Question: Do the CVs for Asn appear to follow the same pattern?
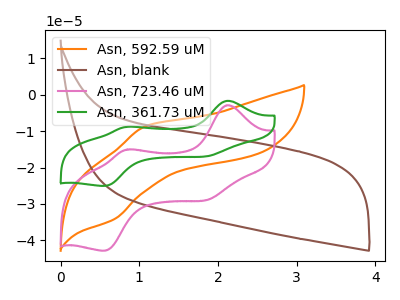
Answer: <think>The orange curve "Asn, 592.59 uM" has an anodic peak at (1.10V, -8.65uA) and a cathodic peak at (0.70V, -34.15uA). The brown curve "Asn, blank" has no peaks. The pink curve "Asn, 723.46 uM" has anodic peaks at (2.15V, -2.85uA) (0.85V, -15.05uA) and cathodic peaks at (1.90V, -28.65uA) (0.55V, -42.80uA). The green curve "Asn, 361.73 uM" has anodic peaks at (2.15V, -1.70uA) (0.85V, -8.80uA) and cathodic peaks at (1.90V, -16.75uA) (0.55V, -25.05uA).
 "Asn, 592.59 uM" and "Asn, blank" have a different number of peaks. "Asn, 592.59 uM" and "Asn, 723.46 uM" have a different number of peaks. "Asn, 592.59 uM" and "Asn, 361.73 uM" have a different number of peaks. "Asn, blank" and "Asn, 723.46 uM" have a different number of peaks. "Asn, blank" and "Asn, 361.73 uM" have a different number of peaks. All the peaks in "Asn, 723.46 uM" have a peak in "Asn, 361.73 uM" at the same potential.</think>
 <answer>All the CV's of "Asn" have similar shape.</answer>
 <eval>follow_rule</eval>